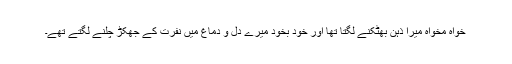
خواہ مخواہ میرا ذہن بھٹکنے لگتا تھا اور خود بخود میرے دل و دماغ میں نفرت کے جھکڑ چلنے لگتے تھے۔